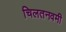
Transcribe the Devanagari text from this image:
चिलतनवमी